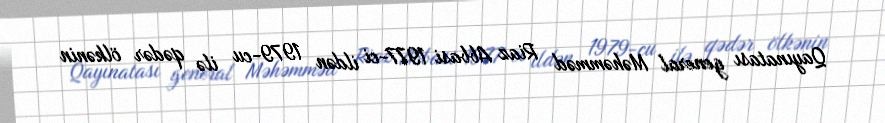
Qayınatası general Məhəmməd Riaz Abbasi 1977-ci ildən 1979-cu ilə qədər ölkənin